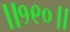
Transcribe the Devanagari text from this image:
॥१९०॥